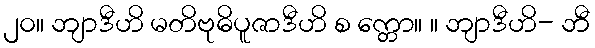
၂၀။ ဘျာဒီဟိ မတိဗုဓိပူဇာဒီဟိ စ က္တော။ ။ ဘျာဒီဟိ- ဘီ